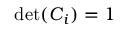
\operatorname* { d e t } ( \boldsymbol { C } _ { i } ) = 1